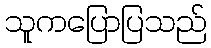
သူကပြောပြသည်